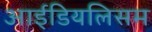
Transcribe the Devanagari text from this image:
आईडियलिसम